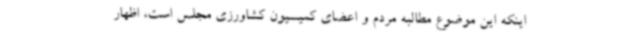
اینکه این موضوع مطالبه مردم و اعضای کمیسیون کشاورزی مجلس است، اظهار